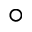
\circ